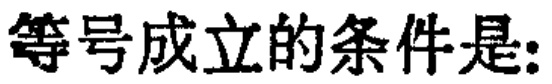
等号成立的条件是: